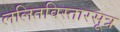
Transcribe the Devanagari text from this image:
ललितविस्तारसूत्र